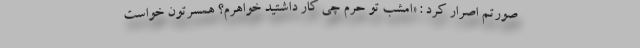
صورتم اصرار کرد : «امشب تو حرم چی کار داشتید خواهرم؟ همسرتون خواست